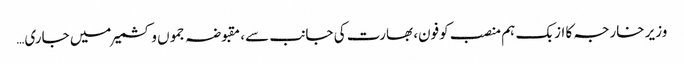
وزیر خارجہ کا ازبک ہم منصب کوفون، بھارت کی جانب سے، مقبوضہ جموں و کشمیر میں جاری…